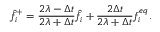
\hat { f } _ { i } ^ { + } = \frac { 2 \lambda - \Delta t } { 2 \lambda + \Delta t } \hat { f } _ { i } + \frac { 2 \Delta t } { 2 \lambda + \Delta t } f _ { i } ^ { e q } .